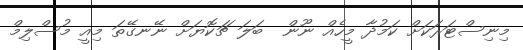
މިނިސްޓަރަކަށް ކަމުދާ މީހެއް ނޫން  ބަލަ ޗަކޮޔަށް ނޭނގޭތަ މިއީ މުސްލިމް